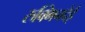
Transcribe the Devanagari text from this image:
रुक्मिनदेई